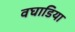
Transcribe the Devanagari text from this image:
वघाडिया